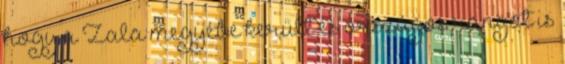
hogy a Zala megyébe került és országos rangot is